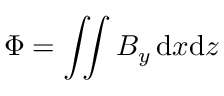
\Phi = \int \! \! \! \int B _ { y } \, { \mathrm d } x { \mathrm d } z